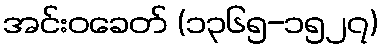
အင်းဝခေတ် (၁၃၆၅-၁၅၂၇)